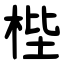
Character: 梐